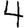
Digit: 4